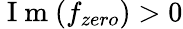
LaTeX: \mathrm{~I~m~}(f_{zero})>0